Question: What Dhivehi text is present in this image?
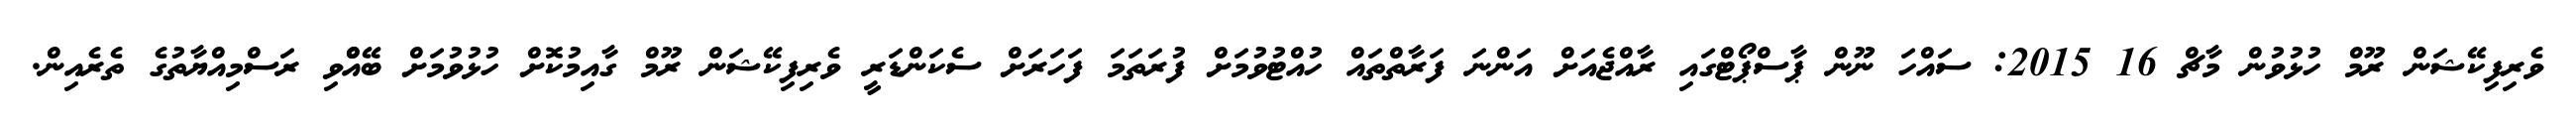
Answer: ވެރިފިކޭޝަން ރޫމް ހުޅުވުން މާޗް 16 2015: ސައްހަ ނޫން ޕާސްޕޯޓްގައި ރާއްޖެއަށް އަންނަ ފަރާތްތައް ހުއްޓުވުމަށް ފުރަތަމަ ފަހަރަށް ސެކަންޑަރީ ވެރިފިކޭޝަން ރޫމް ގާއިމުކޮށް ހުޅުވުމަށް ބޭއްްވި ރަސްމިއްޔާތުގެ ތެރެއިން.